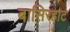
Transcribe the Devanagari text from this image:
बासिरहाट